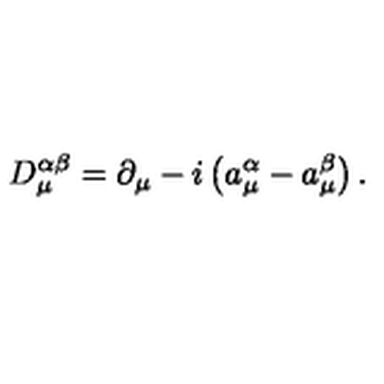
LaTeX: D _ { \mu } ^ { \alpha \beta } = \partial _ { \mu } - i \left( a _ { \mu } ^ { \alpha } - a _ { \mu } ^ { \beta } \right) .